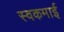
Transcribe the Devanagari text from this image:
स्वकमाई